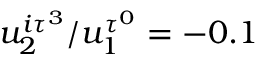
u _ { 2 } ^ { i \tau ^ { 3 } } / u _ { 1 } ^ { \tau ^ { 0 } } = - 0 . 1